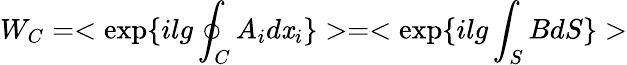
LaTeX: W_{C}=<\exp\{ ilg\oint_{C}A_{i}d\mathit{x}_{i}\} >=<\exp\{ ilg\int_{S}BdS\} >